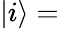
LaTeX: |i\rangle=